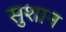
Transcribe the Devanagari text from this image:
सुशान